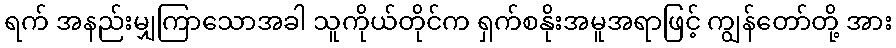
ရက် အနည်းမျှကြာသောအခါ သူကိုယ်တိုင်က ရှက်စနိုးအမူအရာဖြင့် ကျွန်တော်တို့ အား